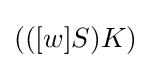
(([w]S)K)